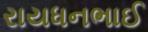
રાયધનભાઈ